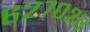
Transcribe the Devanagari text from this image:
६२७०२०